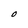
Character: O